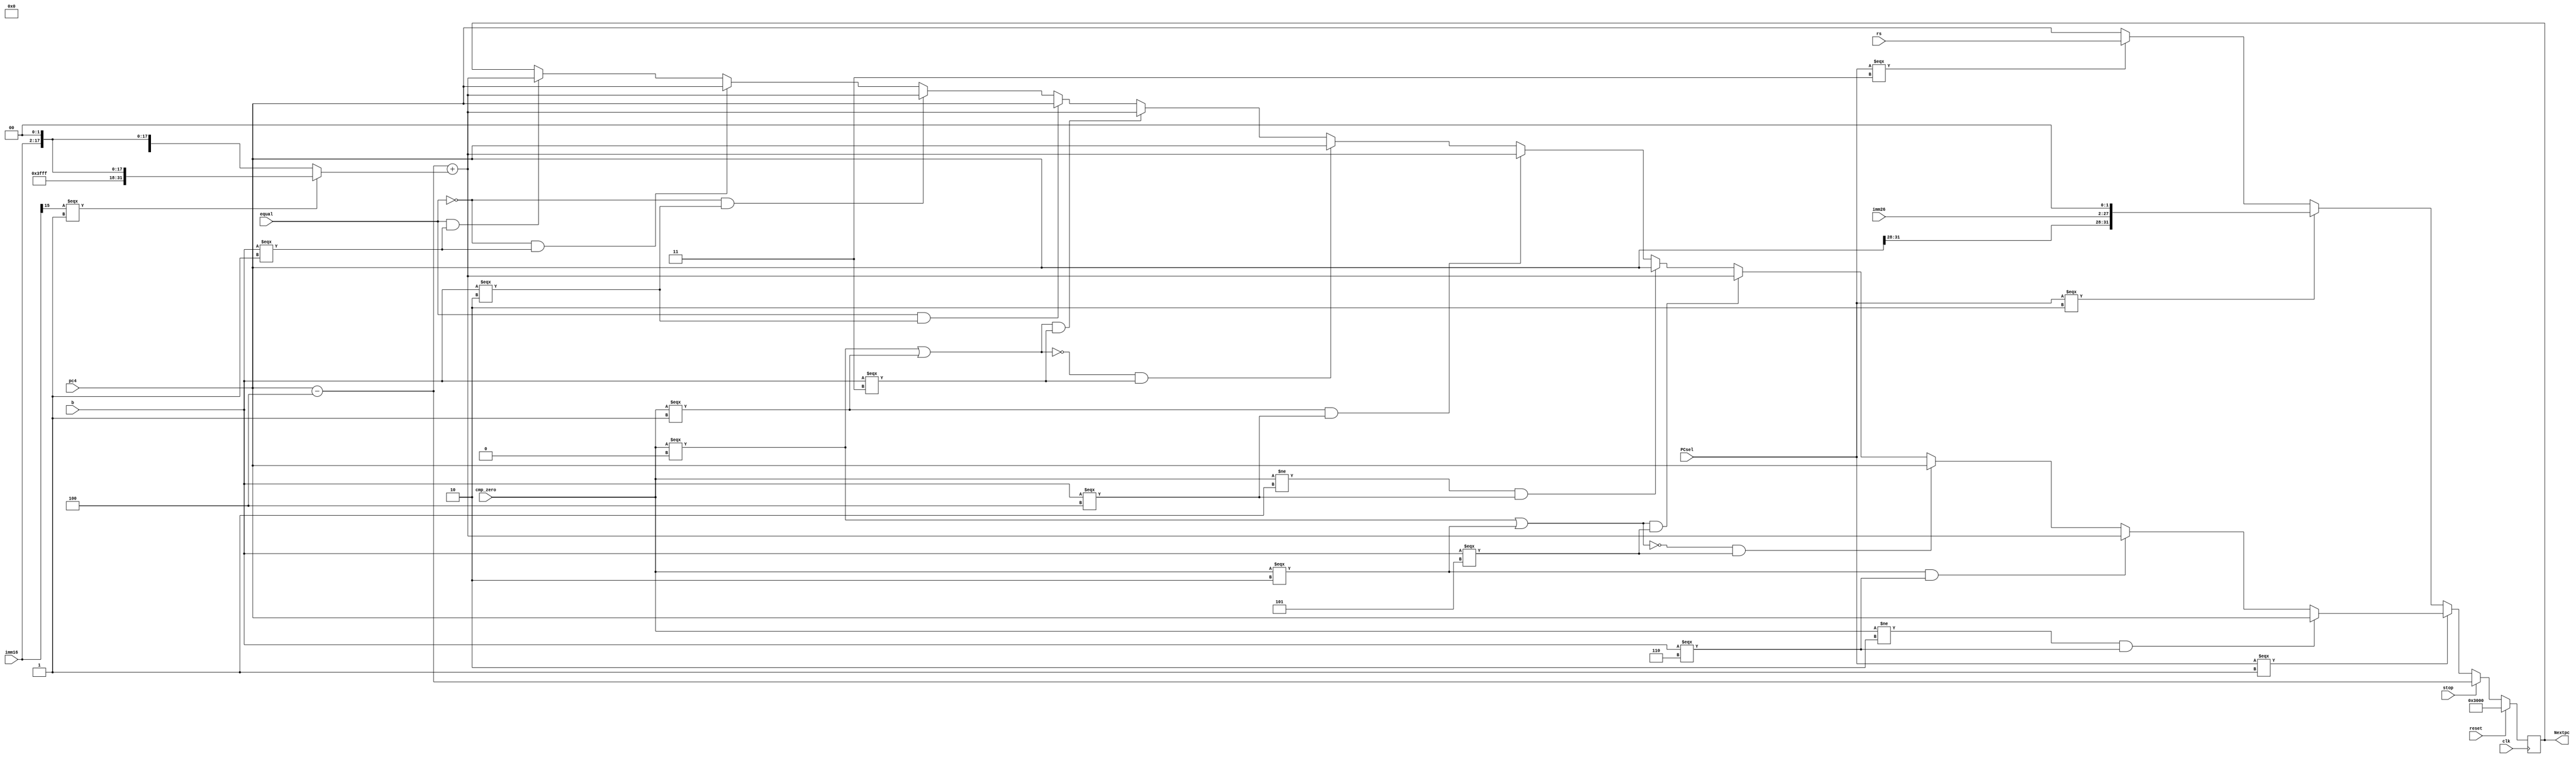
`timescale 1ns / 1ps
//////////////////////////////////////////////////////////////////////////////////
// Company: 
// Engineer: 
// 
// Design Name: 
// Module Name:    NPC 
// Project Name: 
// Target Devices: 
// Tool versions: 
// Description: 
//
// Dependencies: 
//
// Revision: 
// Revision 0.01 - File Created
// Additional Comments: 
//
//////////////////////////////////////////////////////////////////////////////////

module NPC(
    input [31:0] pc4,
    input [31:0] rs,
    input [2:0] PCsel,
    input [15:0] imm16,
    input [25:0] imm26,
    input [2:0] b,
	 input [1:0] cmp_zero,
    input stop,
    input clk,
    input reset,
    input equal,
    output reg[31:0] Nextpc= 32'h3000
    );
	wire [31:0]ext26;
	wire [31:0]ext16;
	assign ext16 = (imm16[15]===1)?{14'b11111111111111, imm16, 2'b00}:{14'b00000000000000, imm16, 2'b00};
	assign ext26 = {pc4[31:28], imm26, 2'b00};
	
	always@(posedge clk)
		begin
			if(reset)
				begin
					Nextpc <= 32'h3000;
				end
			else if(stop)////////////////////////////
				Nextpc <= pc4-4;
			else
				begin
					if(PCsel === 1)
						begin
							if(equal && b === 1) //beq
								begin
									Nextpc <= pc4 - 4 + ext16;
								end
							if(~equal && b === 1)
								begin
									Nextpc <= pc4;
								end
							if(~equal && b === 2) //bne
								begin
									Nextpc <= pc4 - 4 + ext16;
								end
							if(equal && b === 2)
								begin
									Nextpc <= pc4;
								end
							if((cmp_zero === 0 || cmp_zero === 1) && b === 3) //bgez
								begin
									Nextpc <= pc4 - 4 + ext16;
								end
							if(~(cmp_zero === 0 || cmp_zero === 1) && b === 3)
								begin
									Nextpc <= pc4;
								end
							if(cmp_zero === 1 && b === 4) //bgtz
								begin
									Nextpc <= pc4 - 4 + ext16;
								end
							if(cmp_zero != 1 && b === 4)
								begin
									Nextpc <= pc4;
								end
							if((cmp_zero === 0 || cmp_zero === 2) && b === 5) //blez
								begin
									Nextpc <= pc4 - 4 + ext16;
								end
							if(~(cmp_zero === 0 || cmp_zero === 2) && b === 5) 
								begin
									Nextpc <= pc4;
								end
							if(cmp_zero === 2 && b === 6) //bltz
								begin
									Nextpc <= pc4 - 4 + ext16;
								end
							if(cmp_zero != 2 && b === 6)
								begin
									Nextpc <= pc4;
								end
						end
					else if(PCsel === 2 )
						Nextpc <= ext26;
					else if(PCsel === 3)
						Nextpc <= rs;
					else/////////////(PCsel === 0)
						Nextpc <= pc4;
				end
		end

endmodule